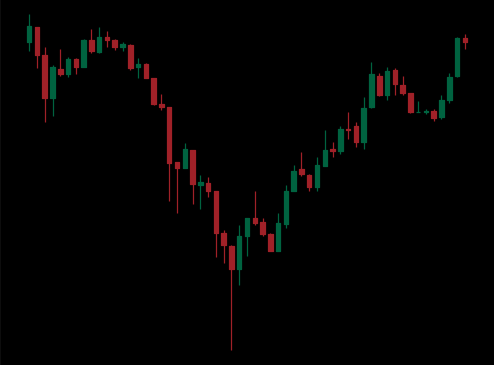
Pattern: inverse_head_shoulders